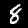
Label: 8